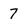
Character: 7